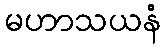
မဟာသယနံ